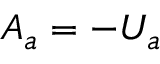
A _ { a } = - U _ { a }